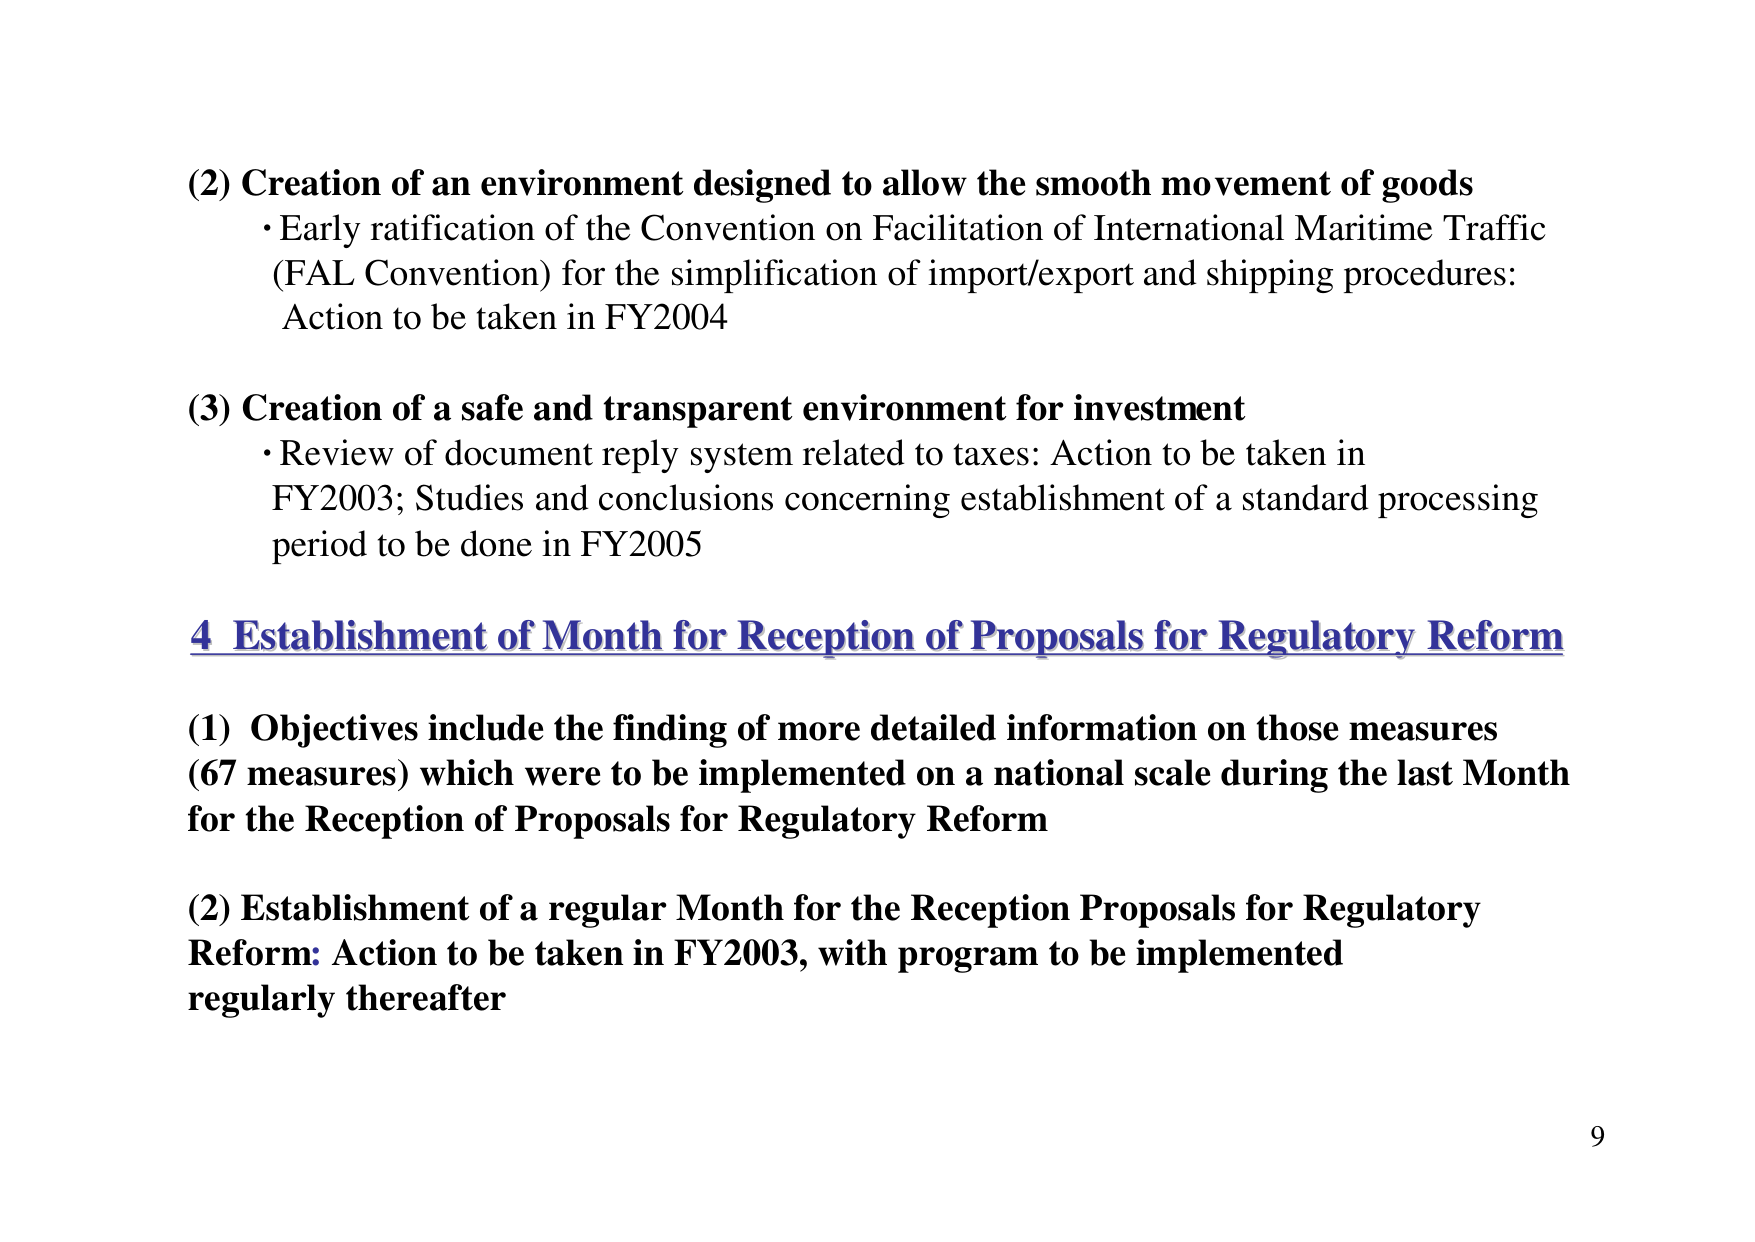
(2) Creation of an environment designed to allow the smooth movement of goods
• Early ratification of the Convention on Facilitation of International Maritime Traffic (FAL Convention) for the simplification of import/export and shipping procedures: Action to be taken in FY2004

(3) Creation of a safe and transparent environment for investment
• Review of document reply system related to taxes: Action to be taken in FY2003; Studies and conclusions concerning establishment of a standard processing period to be done in FY2005

4 Establishment of Month for Reception of Proposals for Regulatory Reform

(1) Objectives include the finding of more detailed information on those measures (67 measures) which were to be implemented on a national scale during the last Month for the Reception of Proposals for Regulatory Reform

(2) Establishment of a regular Month for the Reception Proposals for Regulatory Reform: Action to be taken in FY2003, with program to be implemented regularly thereafter

9